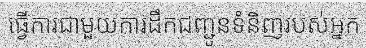
ធ្វើការជាមួយការដឹកជញ្ជូនទំនិញរបស់អ្នក